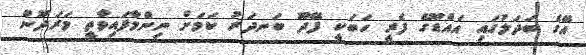
އޭގެ ބަދަލުގައި އައްޑޫގެ ފެރީ ހަބަކީ ފޭދޫ ބަނދަރު ކަމަށް ނިންމާފައިވާތީ މަރަދޫން